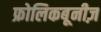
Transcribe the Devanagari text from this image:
फ्रोलिकबूनीज़